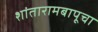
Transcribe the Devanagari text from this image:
शांतारामबापूचा